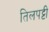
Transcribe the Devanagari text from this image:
तिलपट्टी